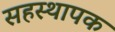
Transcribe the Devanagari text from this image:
सहस्थापक